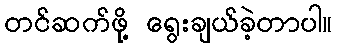
တင်ဆက်ဖို့ ရွေးချယ်ခဲ့တာပါ။